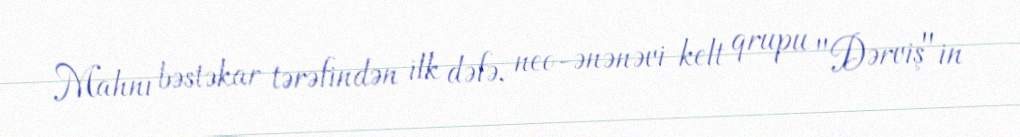
Mahnı bəstəkar tərəfindən ilk dəfə, neo-ənənəvi kelt qrupu "Dərviş"in